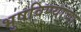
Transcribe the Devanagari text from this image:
भुषविण्याचा